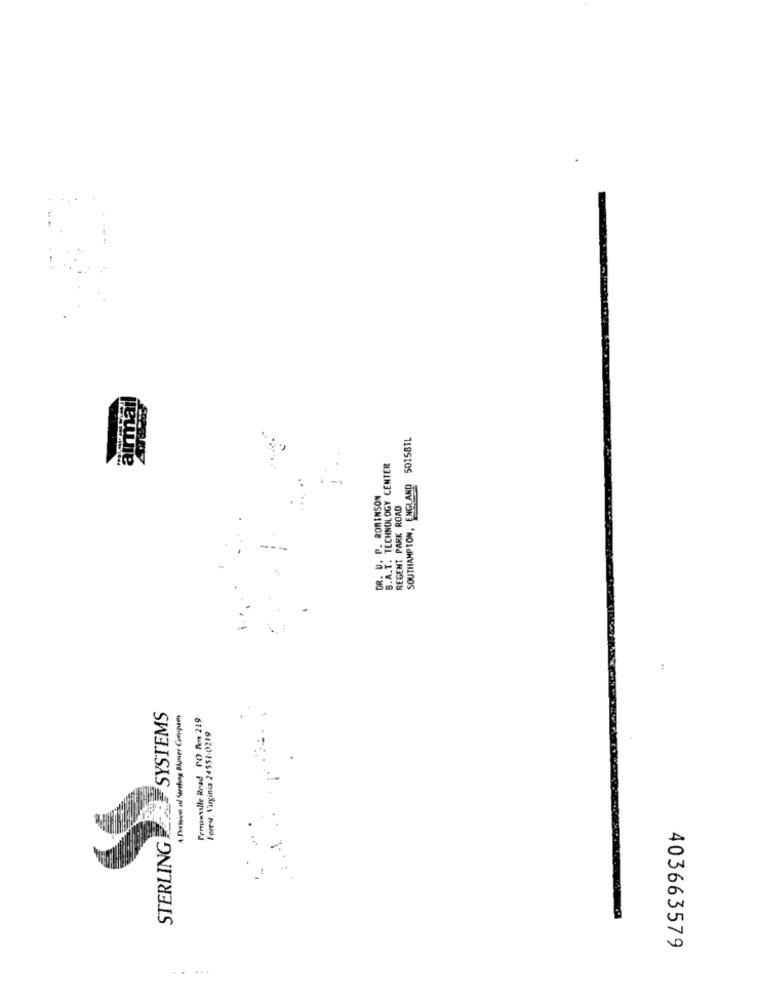
airmal
SOUTHAMPTON, ENGLAND 50158TL
B.A.T. TECHNOLOGY CENTER
DR. U. P. ROBINSON
REGENT PARK ROAD
SYSTEMS
A Division al Serching Blumer Coupum
Teminvalle Read PO Rot 219
Foreu, Virginia 24551-0219
STERLING
403663579
.. ...